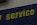
service